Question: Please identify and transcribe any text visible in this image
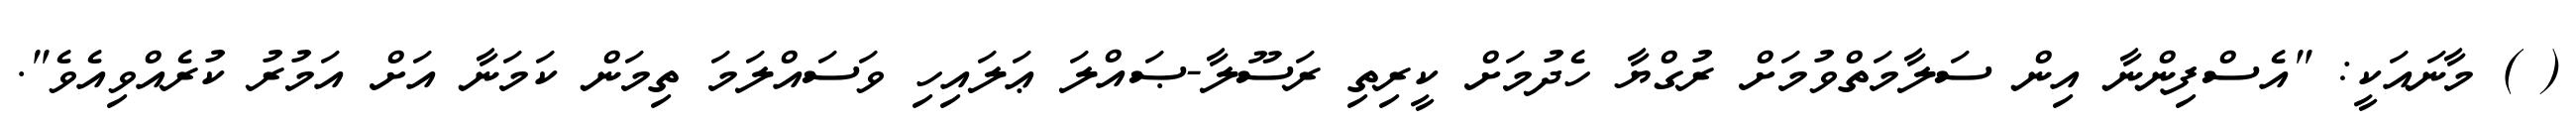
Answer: ( ) މާނައަކީ: "އެސްފިންނާ އިން ސަލާމަތްވުމަށް ރުގްޔާ ހެދުމަށް ކީރިތި ރަސޫލާ-ޞައްލަ ޢަލައިހި ވަސައްލަމަ ތިމަން ކަމަނާ އަށް އަމުރު ކުރެއްވިއެވެ".